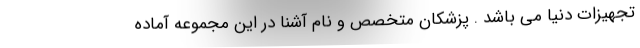
تجهیزات دنیا می باشد . پزشکان متخصص و نام آشنا در این مجموعه آماده